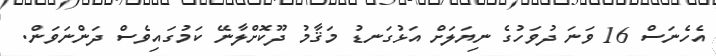
އެހެނަސް 16 ވަނަ ދުވަހުގެ ނިޔަލަށް އަޅުގަނޑު މަޤާމު ދޫކޮށްލާނޭ ކަމުގައިވެސް ދަންނަވަން.